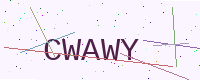
Text: CWAWY